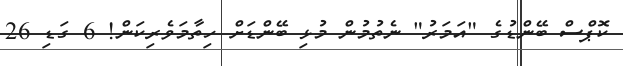
ކޮޕްސް ބޭންޑުގެ "އަމަރު" ނެތުމުން މުޅި ބޭންޑަށް ހިތާމަވެރިކަން! 6 ގަޑި 26